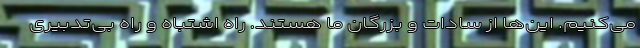
می‌کنیم. این‌ها از سادات و بزرگان ما هستند. راه اشتباه و راه بی‌تدبیری